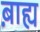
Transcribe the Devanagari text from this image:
ब़ाह्य